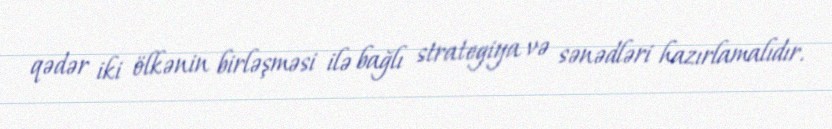
qədər iki ölkənin birləşməsi ilə bağlı strategiya və sənədləri hazırlamalıdır.